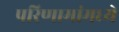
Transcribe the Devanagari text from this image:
परिणामांमध्ये